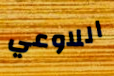
اللاوعي